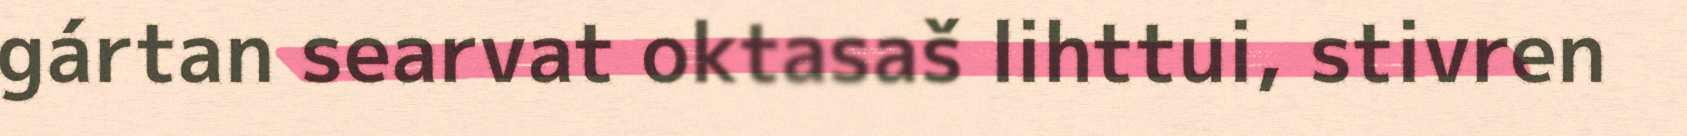
gártan searvat oktasaš lihttui, stivren